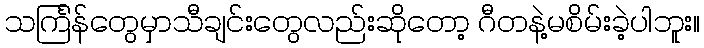
သင်္ကြန်တွေမှာသီချင်းတွေလည်းဆိုတော့ ဂီတနဲ့မစိမ်းခဲ့ပါဘူး။